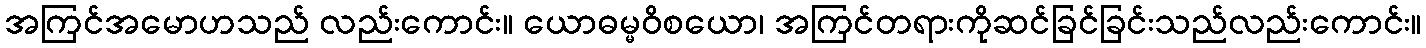
အကြင်အမောဟသည် လည်းကောင်း။ ယောဓမ္မဝိစယော၊ အကြင်တရားကိုဆင်ခြင်ခြင်းသည်လည်းကောင်း။